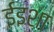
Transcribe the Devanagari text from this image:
ईइशा